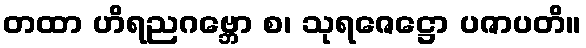
တထာ ဟိရညဂဗ္ဘော စ၊ သုရဇေဋ္ဌော ပဇာပတိ။